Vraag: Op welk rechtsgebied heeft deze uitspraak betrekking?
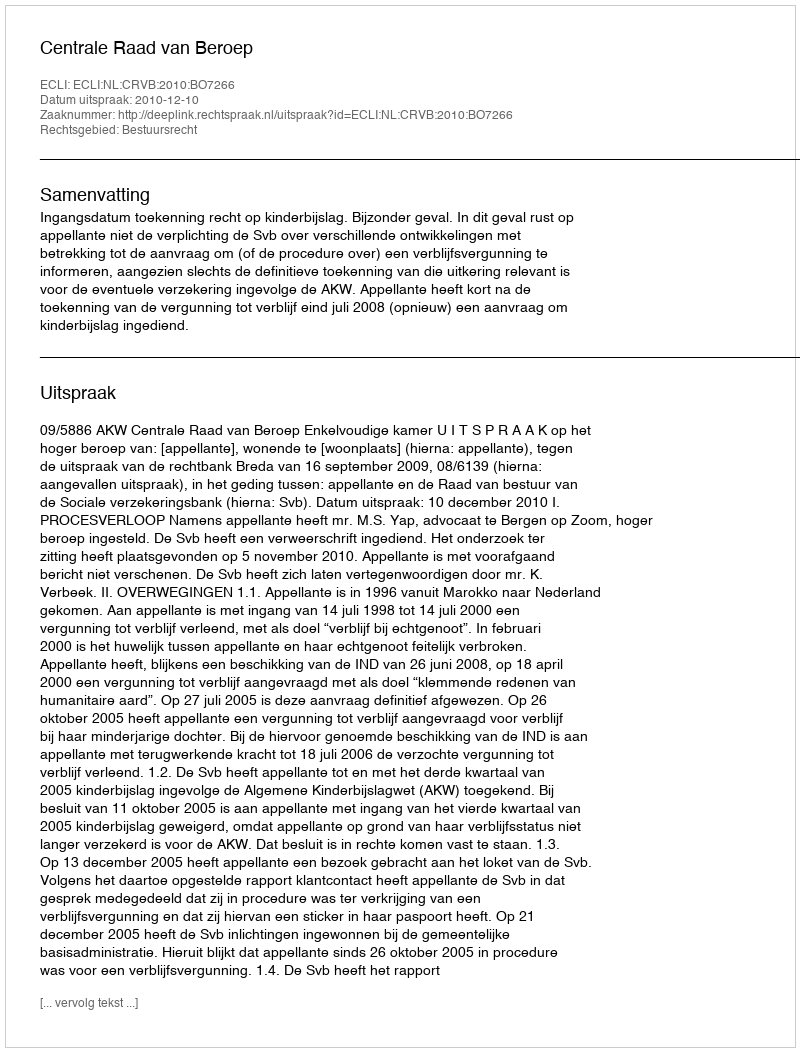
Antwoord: Bestuursrecht